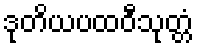
ဒုတိယပထဝီသုတ္တံ